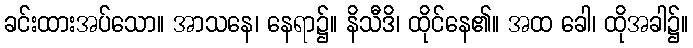
ခင်းထားအပ်သော။ အာသနေ၊ နေရာ၌။ နိသီဒိ၊ ထိုင်နေ၏။ အထ ခေါ၊ ထိုအခါ၌။